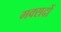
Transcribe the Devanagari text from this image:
मक्सदों